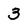
Character: 3